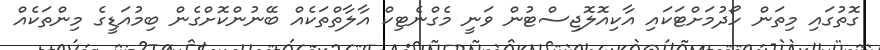
ގޮތުގައި މިތަން ހޯދުމަށްޓަކައި އާކިއޮލޮޖިސްޓުން ވަނީ މެގްނެޓިކް އާލާތްތަކެއް ބޭނުންކޮށްގެން ބިމުއަޑީގެ މިންތަކެއް